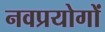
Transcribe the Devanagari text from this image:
नवप्रयोगों